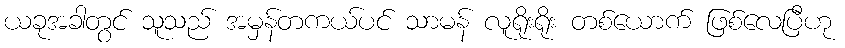
ယခုအခါတွင် သူသည် အမှန်တကယ်ပင် သာမန် လူရိုးရိုး တစ်ယောက် ဖြစ်လေပြီဟု